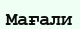
Мағали